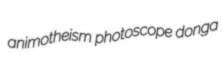
animotheism photoscope donga